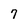
Character: 7